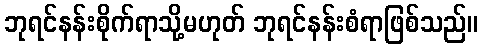
ဘုရင်နန်းစိုက်ရာသို့မဟုတ် ဘုရင်နန်းစံရာဖြစ်သည်။